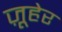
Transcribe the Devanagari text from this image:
ज़ूहेर